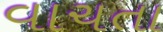
વાચતા